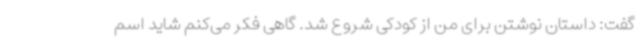
گفت: داستان نوشتن برای من از کودکی شروع شد. گاهی فکر می‌کنم شاید اسم